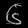
Digit: ၆